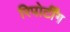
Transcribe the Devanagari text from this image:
रिपोर्टींग